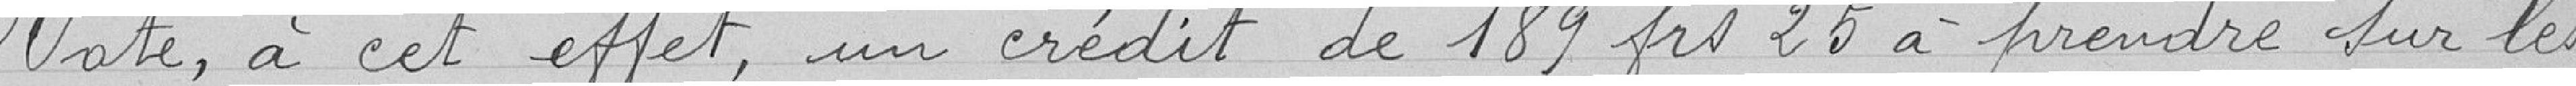
Vote , à cet effet , un crédit de 189 frs 25 à prendre sur les